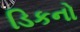
ડિકનો